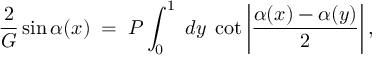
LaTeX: { \frac { 2 } { G } } \sin \alpha ( x ) \; = \; P \int _ { 0 } ^ { 1 } \; d y \; \cot \left| { \frac { \alpha ( x ) - \alpha ( y ) } { 2 } } \right| ,